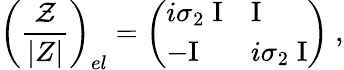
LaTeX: \left({\frac{\cal Z}{|Z|}}\right)_{el}=\left(\begin{array}{ll}{{i\sigma_{2}\; \mathrm{I}}}&{{\mathrm{I}}}\\ {{-\mathrm{I}}}&{{i\sigma_{2}\; \mathrm{I}}}\end{array}\right)\ ,